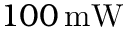
1 0 0 \, \mathrm { m W }